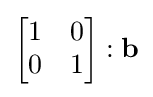
{\begin{bmatrix}1&0\\0&1\end{bmatrix}}:\mathbf {b}